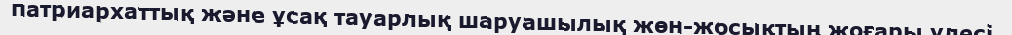
патриархаттық және ұсақ тауарлық шаруашылық жөн-жосықтың жоғары үлесі,